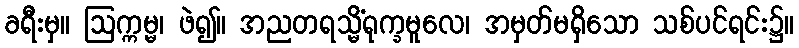
ခရီးမှ။ ဩက္ကမ္မ၊ ဖဲ၍။ အညတရသ္မိံရုက္ခမူလေ၊ အမှတ်မရှိသော သစ်ပင်ရင်း၌။